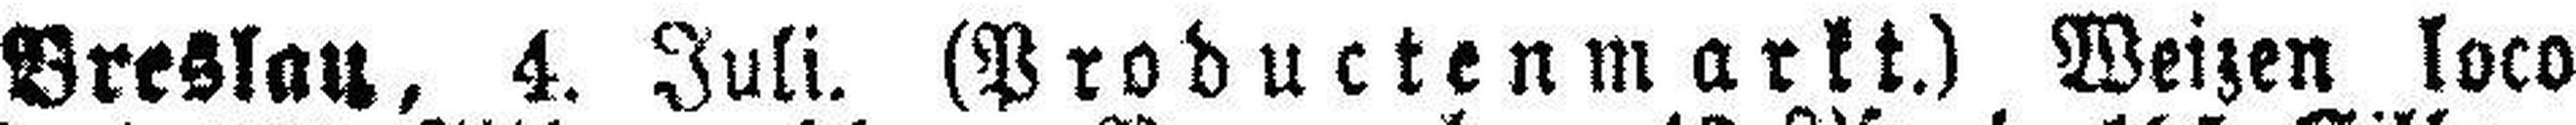
Breslau, 4. Juli. (Productenmarkt.) Weizen loco